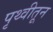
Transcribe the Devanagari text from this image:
पृथ्वीतून